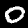
Digit: 0